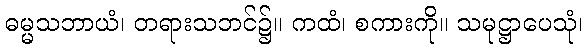
ဓမ္မသဘာယံ၊ တရားသဘင်၌။ ကထံ၊ စကားကို။ သမုဋ္ဌာပေသုံ၊